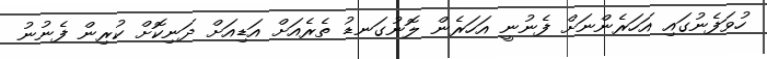
ހުވަފެނުގައި އަހަރެންނަށް ފެނުނީ އަހަރެން ލޮނުގަނޑު ތެރެއަށް އަޑިއަށް ދަނިކޮށް ކުރިން ފެނުނު